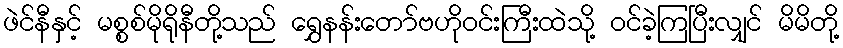
ဖဲင်နီနှင့် မစ္စစ်မိုရိုနီတို့သည် ရွှေနန်းတော်ဗဟိုဝင်းကြီးထဲသို့ ဝင်ခဲ့ကြပြီးလျှင် မိမိတို့